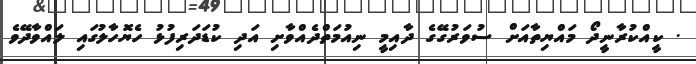
. ކީއްކުރާނީދޯ މައްޔިތާއަށް ސުވަރުގޭގެ ދާއިމީ ނިއުމަތްދެއްވާށި އަދި ކުޑަދަރިފުޅު ހެޔޮހާލުގައި ލައްވާދޭވެ